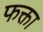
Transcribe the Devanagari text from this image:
फक्ता